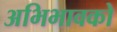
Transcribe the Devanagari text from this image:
अभिभावको